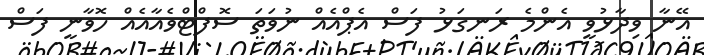
އޭނާ ވިދާޅުވީ އެންމެ ރަނގަޅު ފަސް އެޕްއެއް ނުވަތަ ސޮފްޓްވެއާއެއް ހޮވާނީ ފަސް